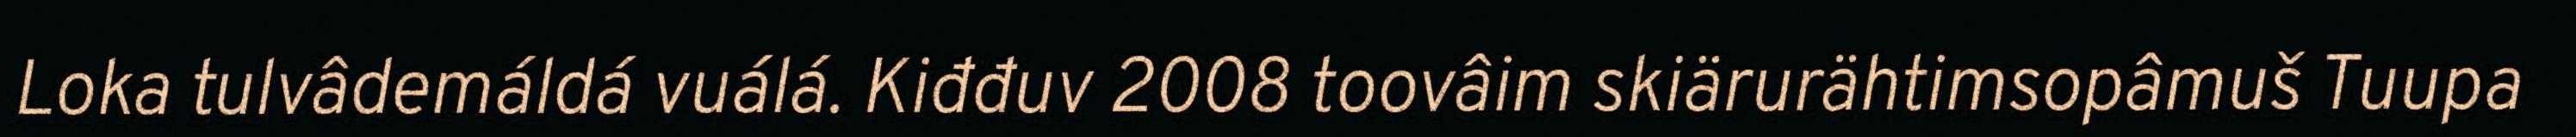
Loka tulvâdemáldá vuálá. Kiđđuv 2008 toovâim skiärurähtimsopâmuš Tuupa